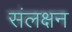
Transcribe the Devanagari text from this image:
संलक्षन